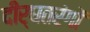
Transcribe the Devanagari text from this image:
दीर्घतरंगों